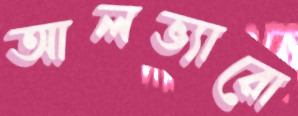
আলভ্যারো